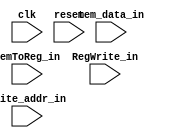
/* verilator lint_off UNUSED */

module MEM_WB_Reg(
         clk, reset,
         write_addr_in, mem_data_in,
         MemToReg_in, RegWrite_in
       );
input clk;
input reset;

// Mem data
input [4:0] write_addr_in;
input [31:0] mem_data_in;

// WB control
input [1:0] MemToReg_in;
input RegWrite_in;


reg [4:0] write_addr;
reg [31:0] mem_data;
reg [1:0] MemToReg;
reg RegWrite;

always @ (posedge clk)
  begin
    if (~reset)
      begin
        write_addr <= write_addr_in;
        mem_data <= mem_data_in;
        MemToReg <= MemToReg_in;
        RegWrite <= RegWrite_in;
      end
    else
      begin
        write_addr <= 5'b00000;
        mem_data <= 32'h00000000;
        MemToReg <= 0;
        RegWrite <= 0;
      end
  end
endmodule